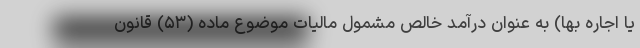
یا اجاره بها) به عنوان درآمد خالص مشمول مالیات موضوع ماده (۵۳) قانون